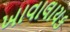
ખાવાલાયક